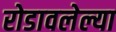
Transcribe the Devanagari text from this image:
रोडावलेल्या